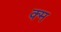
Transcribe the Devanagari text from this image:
क्म